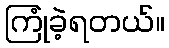
ကြုံခဲ့ရတယ်။